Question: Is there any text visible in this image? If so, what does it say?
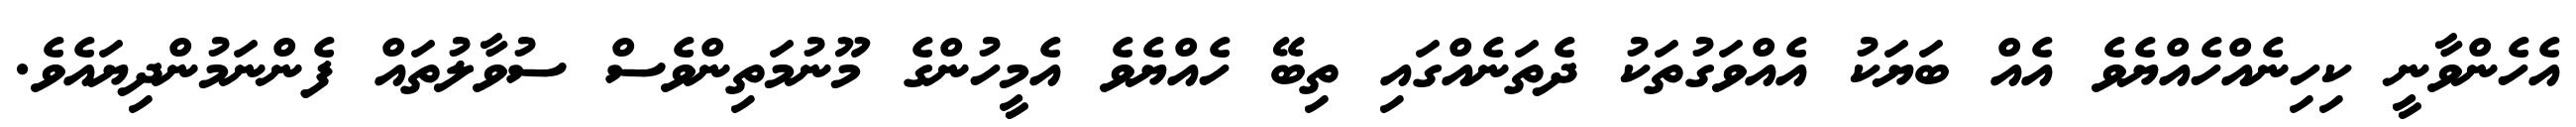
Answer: އެހެންވާނީ ކިހިނެއްހެއްޔެވެ އެއް ބަޔަކު އެއްވަގުތަކު ދެތަނެއްގައި ތިބޭ ހެއްޔެވެ އެމީހުންގެ މޫނުމަތިންވެސް ސުވާލުތައް ފެންނަމުންދިޔައެވެ.